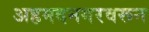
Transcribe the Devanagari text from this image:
अहमदनगरवरून